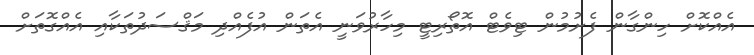
އެއްކޮށް ހިންގާން ފެށުމުން ޓިވެޓް އޮތޯރިޓީ މިހާރުވަނީ އެތަން އުފެއްދި މަޤްސަދުތަކާއި އެއްގޮތަށް